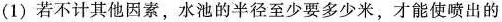
(1)若不计其他因素，水池的半径至少要多少米，才能使喷出的